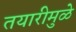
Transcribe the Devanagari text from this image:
तयारीमुळे